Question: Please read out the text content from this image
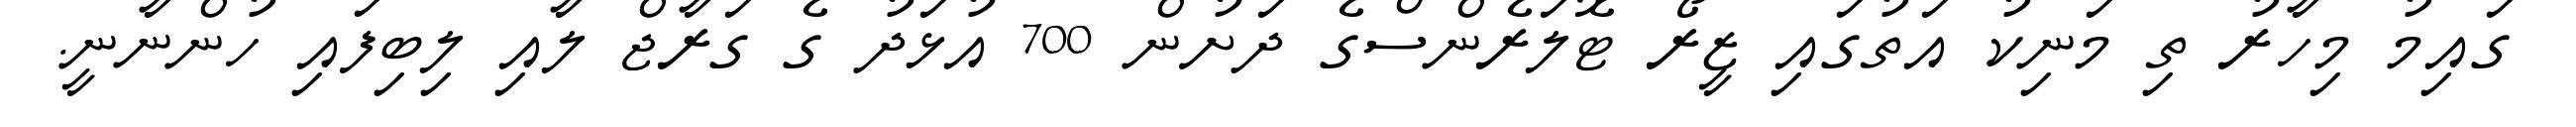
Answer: ގައިމު މިހާރު ތި މަނިކު އަތުގައި ޒީރޯ ޓޮލަރެންސްގެ ދަށުން 700 އުޅަދު ގެ ގަރާޖް ލާއި ލިބިފައި ހުންނާނީ.